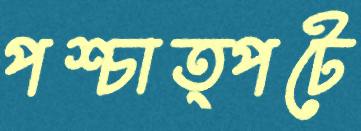
পশ্চাত্পটে